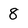
Character: 8